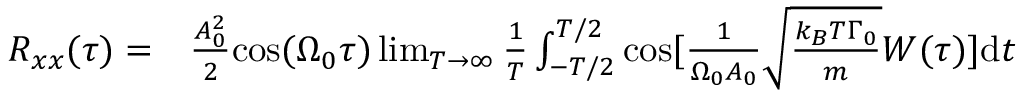
\begin{array} { r l } { R _ { x x } ( \tau ) = } & { { } \frac { A _ { 0 } ^ { 2 } } { 2 } \mathrm { c o s } ( \Omega _ { 0 } \tau ) \operatorname* { l i m } _ { T \rightarrow \infty } \frac { 1 } { T } \int _ { - T / 2 } ^ { T / 2 } \mathrm { c o s } [ \frac { 1 } { \Omega _ { 0 } A _ { 0 } } \sqrt { \frac { k _ { B } T \Gamma _ { 0 } } { m } } W ( \tau ) ] \mathrm { d } t } \end{array}